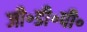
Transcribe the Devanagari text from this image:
जी॰डी॰पी॰